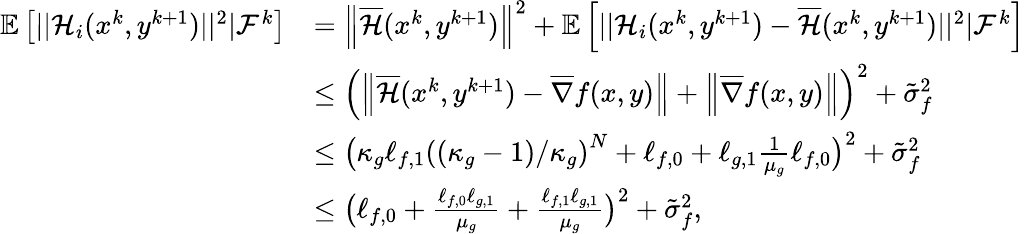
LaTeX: \begin{array}{rl}{\mathbb{E}\left[||\mathcal{H}_{i}(x^{k},y^{k+1})||^{2}|\mathcal{F}^{k}\right]}&{=\left\| \overline{{\mathcal{H}}}(x^{k},y^{k+1})\right\| ^{2}+\mathbb{E}\left[||\mathcal{H}_{i}(x^{k},y^{k+1})-\overline{{\mathcal{H}}}(x^{k},y^{k+1})||^{2}|\mathcal{F}^{k}\right]}\\ &{\leq\left(\left\| \overline{{\mathcal{H}}}(x^{k},y^{k+1})-\overline{{\nabla}}f(x,y)\right\| +\left\| \overline{{\nabla}}f(x,y)\right\| \right)^{2}+\tilde{\sigma}_{f}^{2}}\\ &{\leq\big(\kappa_{g}\ell_{f,1}\left(\left(\kappa_{g}-1\right)/\kappa_{g}\right)^{N}+\ell_{f,0}+\ell_{g,1}\frac{1}{\mu_{g}}\ell_{f,0}\big)^{2}+\tilde{\sigma}_{f}^{2}}\\ &{\leq\big(\ell_{f,0}+\frac{\ell_{f,0}\ell_{g,1}}{\mu_{g}}+\frac{\ell_{f,1}\ell_{g,1}}{\mu_{g}}\big)^{2}+\tilde{\sigma}_{f}^{2},}\end{array}